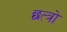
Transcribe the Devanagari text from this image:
छत्त्रो